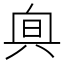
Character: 𠔙